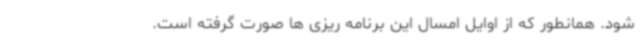
شود. همانطور که از اوایل امسال این برنامه ریزی ها صورت گرفته است.